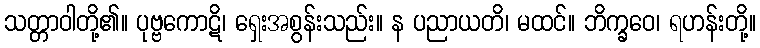
သတ္တာဝါတို့၏။ ပုဗ္ဗကောဋိ၊ ရှေးအစွန်းသည်း။ န ပညာယတိ၊ မထင်။ ဘိက္ခဝေ၊ ရဟန်းတို့။